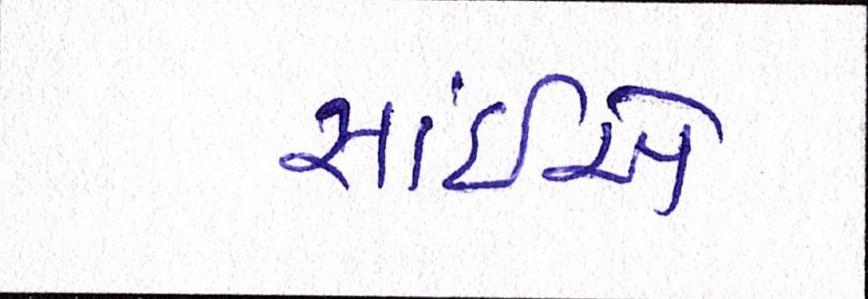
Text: સાંઈએ